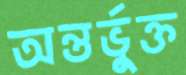
অন্তর্ভুক্ত